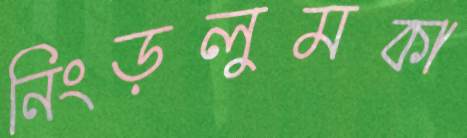
নিংড়লুমকা